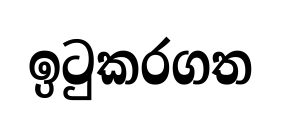
ඉටුකරගත